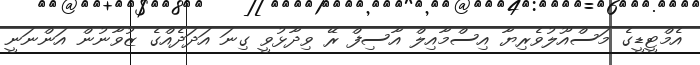
އެމްޓީޑީގެ މަސްއޫލުވެރިޔާ އިސްމާއިލް އާސިފް ރޭ ވިދާޅުވީ ގިނަ އަދަދެއްގެ ޒުވާނުން އަންނަނީ